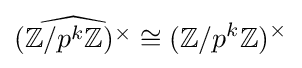
{\widehat {(\mathbb {Z} /p^{k}\mathbb {Z} )^{\times }}}\cong (\mathbb {Z} /p^{k}\mathbb {Z} )^{\times }